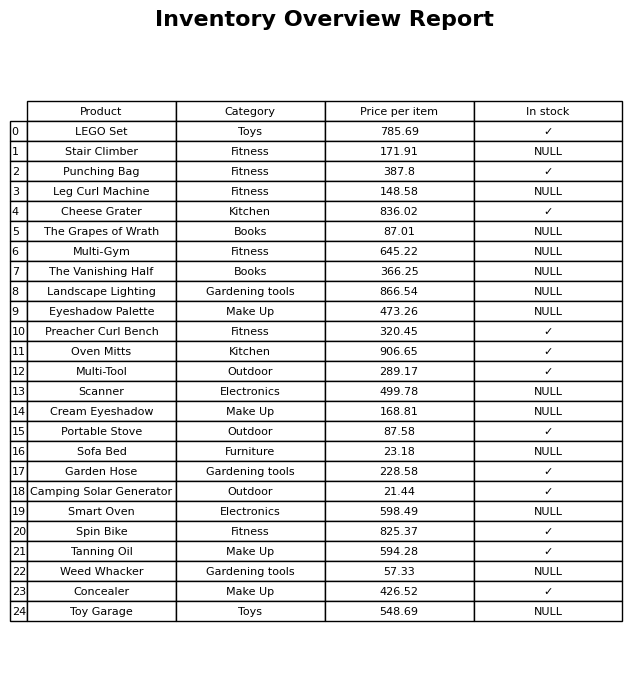
question: What is the price of the Landscape Lighting?
answer: The price of Landscape Lighting is 866.54.